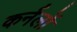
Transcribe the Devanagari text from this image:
कर्नलों